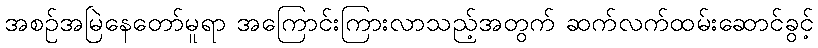
အစဉ်အမြဲနေတော်မူရာ အကြောင်းကြားလာသည့်အတွက် ဆက်လက်ထမ်းဆောင်ခွင့်